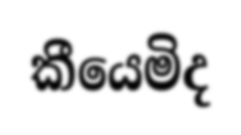
කීයෙමිද